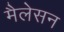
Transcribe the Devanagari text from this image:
मैलेसन